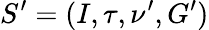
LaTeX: S^{\prime}=(I,\tau,\nu^{\prime},G^{\prime})